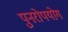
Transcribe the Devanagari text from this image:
पुनरोपयोग